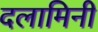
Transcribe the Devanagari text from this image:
दलामिनी